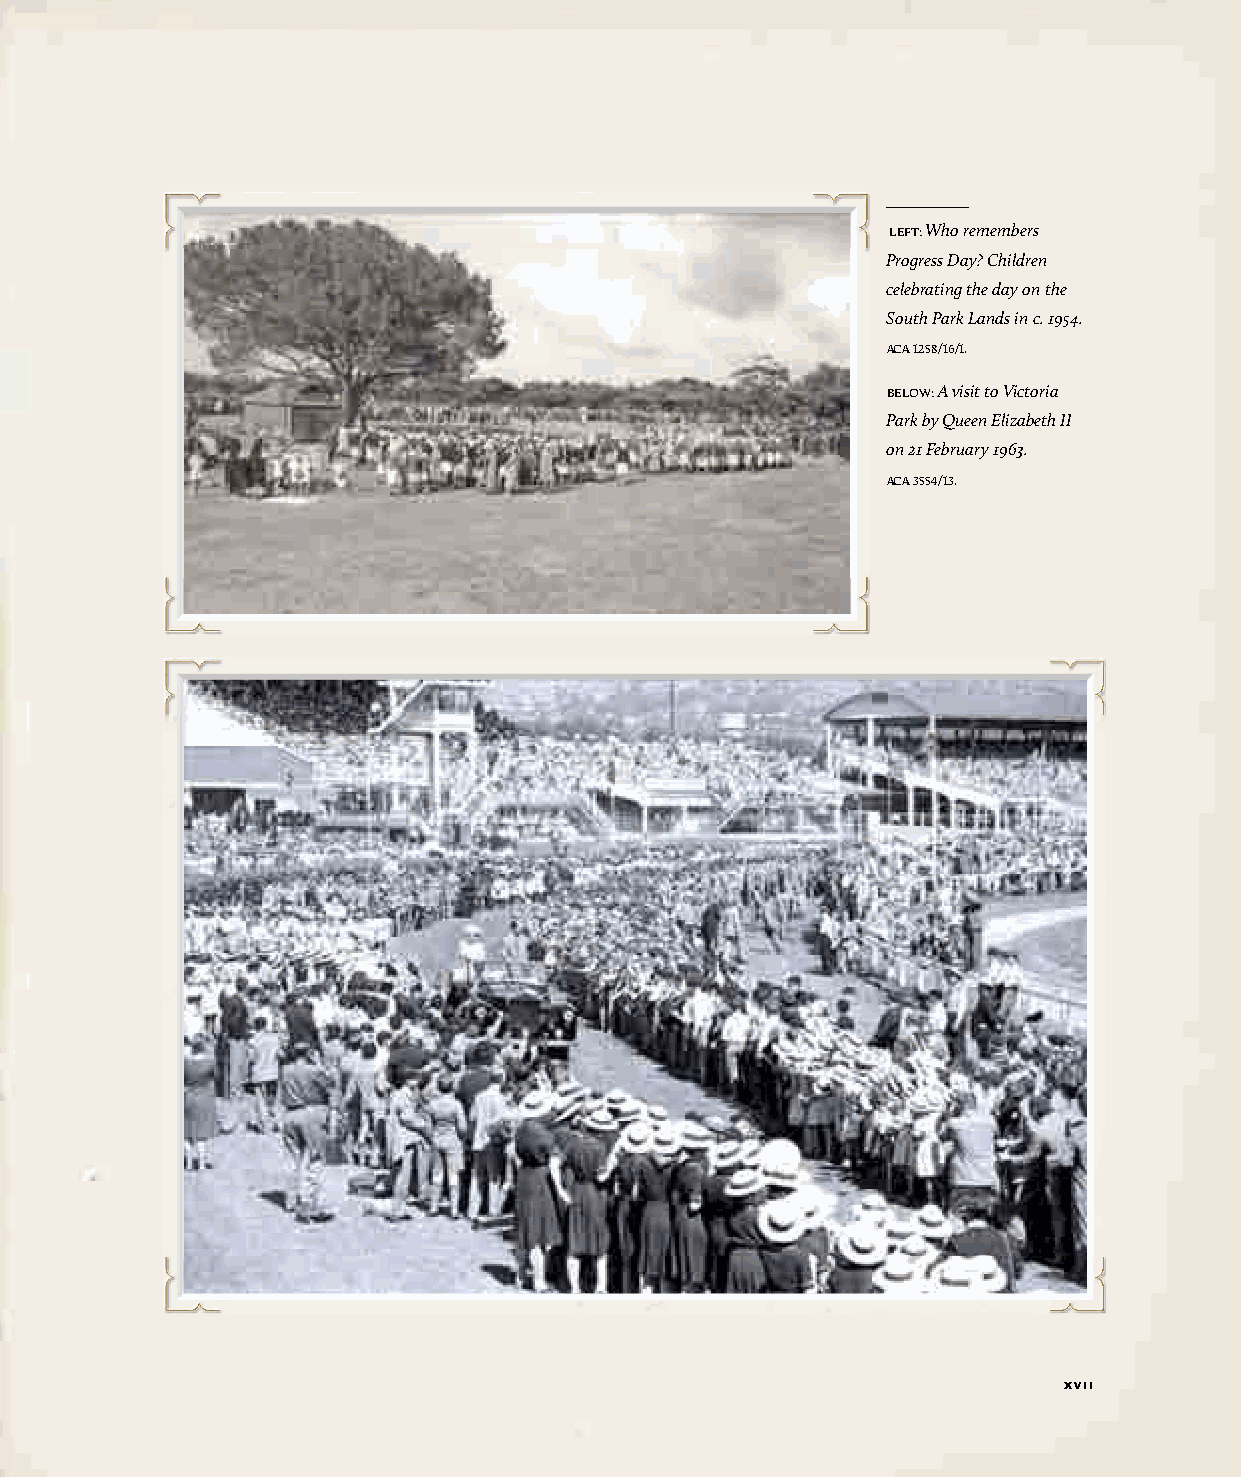
iiiiiiiii                                  jjjjjjjjj
 LeFT: Who remembers
 Progress Day? Children
 celebrating the day on the
 South Park Lands in c. 1954.
 ACA 1258/16/1.
 BeLOw: A visit to Victoria
 Park by Queen Elizabeth II
 on 21 February 1963.
 ACA 3554/13.
 kkkkkkkkk                                  lllllllll
 iiiiiiiii                                                 jjjjjjjjj
 kkkkkkkkk                                                 lllllllll
 xvii